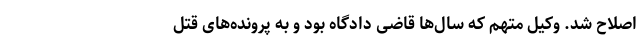
اصلاح شد. وکیل متهم که سال‌ها قاضی دادگاه بود و به پرونده‌های قتل